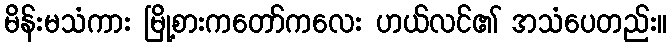
မိန်းမသံကား မြို့စားကတော်ကလေး ဟယ်လင်၏ အသံပေတည်း။